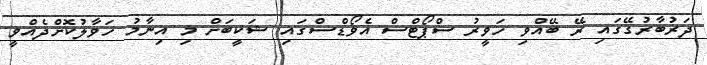
ދަރުބާރުގޭގައި ރޭ ބޭއްވި ހަވީރު ސްޕޯޓްސް އެވޯޑްސްގައި ޝަކީބަށް މި އިނާމު ހަވާލުކޮށްދެއްވީ